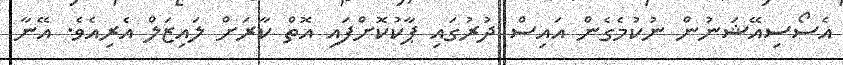
އެސޯސިއޭޝަނުން ނުކުމެގެން އައިސް ދުރުގައި ޕާކުކޮށްފައި އޮތް ކާރަށް ލައިޒަލް އެރިއެވެ. އޭނާ